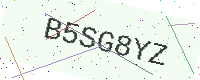
Text: B5SG8YZ